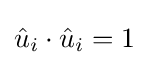
{\hat {u}}_{i}\cdot {\hat {u}}_{i}=1